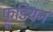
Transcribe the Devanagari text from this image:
फ्रूडियन